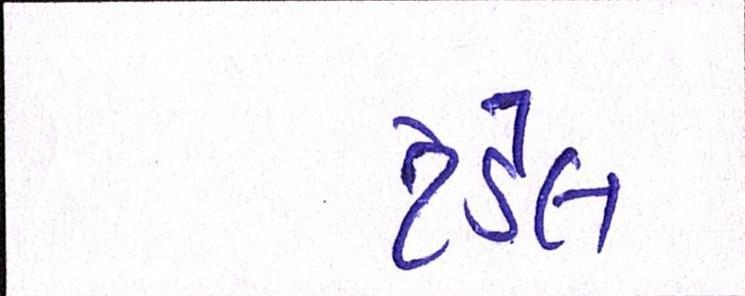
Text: ટંડેલ